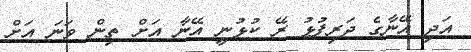
އަދި އޭނާގެ ދަރިފުޅު ރޭ ކުޅުނީ އޭނާ އަށް ތިން ވަނަ އަށް